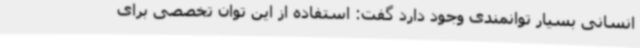
انسانی بسیار توانمندی وجود دارد گفت: استفاده از این توان تخصصی برای